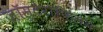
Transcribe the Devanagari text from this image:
ज़ॉस्टेरोफिलम